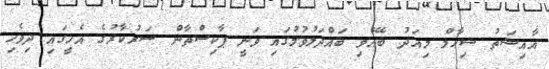
އާއިޝަތު ޝިހާމް މިއަދު ބޭއްވި ބައްދަލުވުމުގައި ވަނީ ޕާކިސްތާން ސަރުކާރުގެ އެހީގައި ދިވެހި